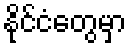
နိုင်ငံတွေမှာ